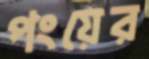
পংয়ের